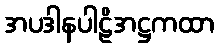
အပဒါနပါဠိအဋ္ဌကထာ